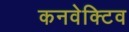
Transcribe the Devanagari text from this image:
कनवेक्टिव